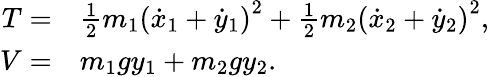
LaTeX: \begin{array}{rl}{T=}&{{}\frac{1}{2}m_{1}\left(\dot{x}_{1}+\dot{y}_{1}\right)^{2}+\frac{1}{2}m_{2}\left(\dot{x}_{2}+\dot{y}_{2}\right)^{2},}\\ {V=}&{{}m_{1}gy_{1}+m_{2}gy_{2}.}\end{array}